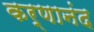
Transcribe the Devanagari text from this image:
कर्णानंद